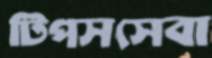
টিপসসেবা